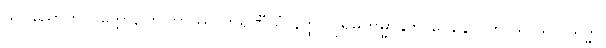
သပညောတိ ဝုတ္တော, တတြာဿ ကရဏီယံ နတ္ထိ။ ပုရိမကမ္မာနုဘာဝေနေဝ ဟိဿ သာ သိဒ္ဓါ။